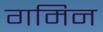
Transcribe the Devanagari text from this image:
गमिन